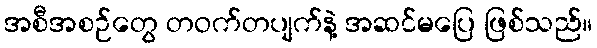
အစီအစဉ်တွေ တဝက်တပျက်နဲ့ အဆင်မပြေ ဖြစ်သည်။